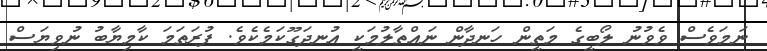
ނަމަވެސް ވެވުނު ލޯބީގެ މަތީން ހަނދާން ނައްތާލުމަކީ އުނދަގޫކަމެކެވެ. ފުރަތަމަ ކާމިޔާބު ނުވިޔަސް